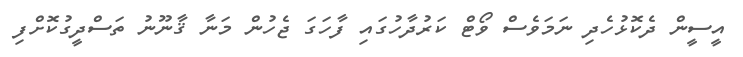
އީސީން ދެކޮޅުހެދި ނަމަވެސް ވޯޓް ކަރުދާހުގައި ފާހަގަ ޖެހުން މަނާ ޤާނޫނު ތަސްދީގުކޮށްފި